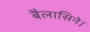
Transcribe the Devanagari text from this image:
बैलासिने।